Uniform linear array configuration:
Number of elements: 8
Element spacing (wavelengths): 0.5
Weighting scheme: kaiser
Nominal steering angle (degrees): -60
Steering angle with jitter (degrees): -60.793
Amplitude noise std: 0.05
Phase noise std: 0.05

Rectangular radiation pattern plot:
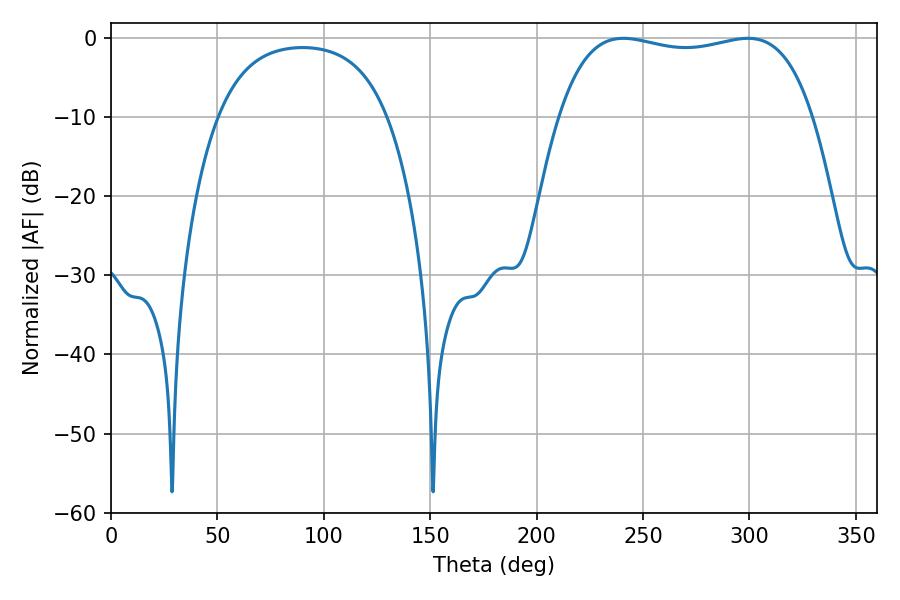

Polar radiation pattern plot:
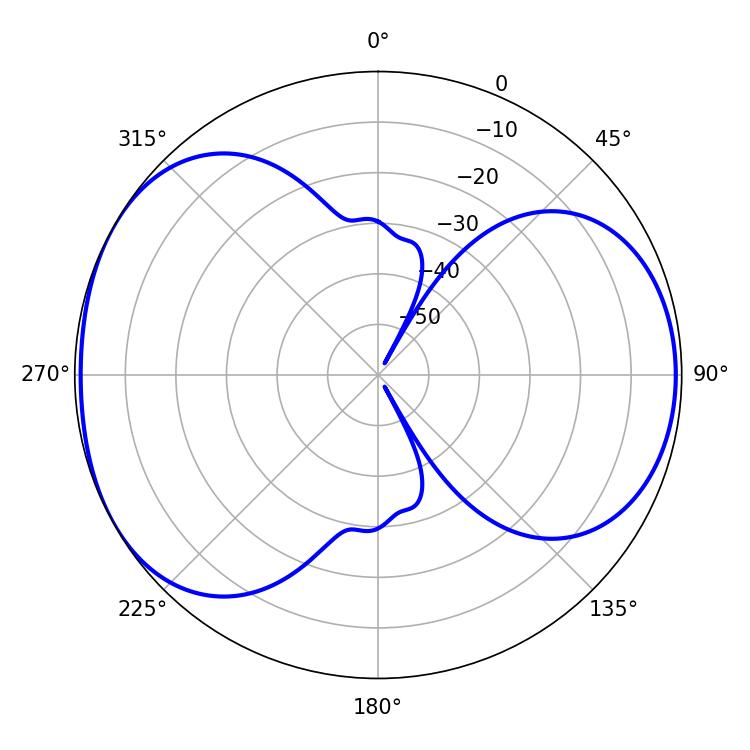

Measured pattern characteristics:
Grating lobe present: FALSE
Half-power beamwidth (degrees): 96.12
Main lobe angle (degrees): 240.66